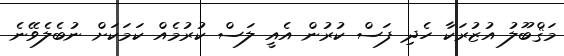
މަޤްބޫލު އުޒުރަކާ ހެދި ފަސް ކުރުން އެއީ ލަސް ކުރުމެއް ކަމަކަށް ނުބެލެވޭނެ